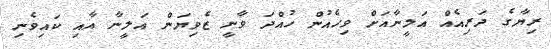
ރިޔާގެ ދަރިއެއް އަލީނާއަށް ވިހެއުން ހުއްދަ ވާނީ ޒެވިޔަން އަލީނާ އާއި ކައިވެނި